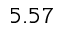
5 . 5 7